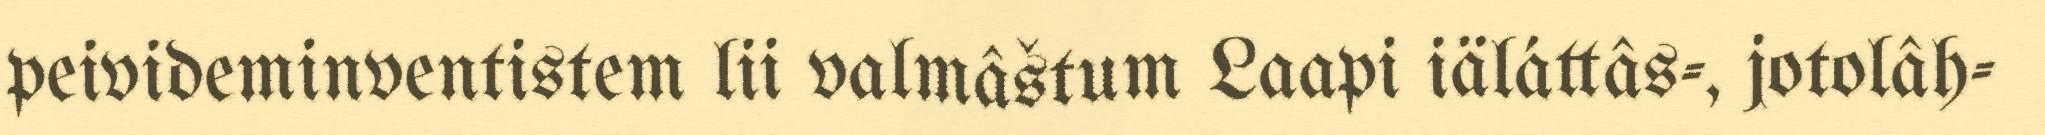
peivideminventistem lii valmâštum Laapi iäláttâs-, jotolâh-